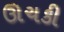
ઊચકી